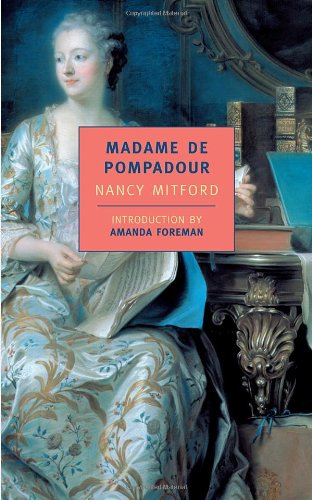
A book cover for Madame de Pompadour (New York Review Books Classics); Nancy Mitford; Biographies & Memoirs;